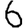
Digit: 6